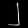
Digit: ၂